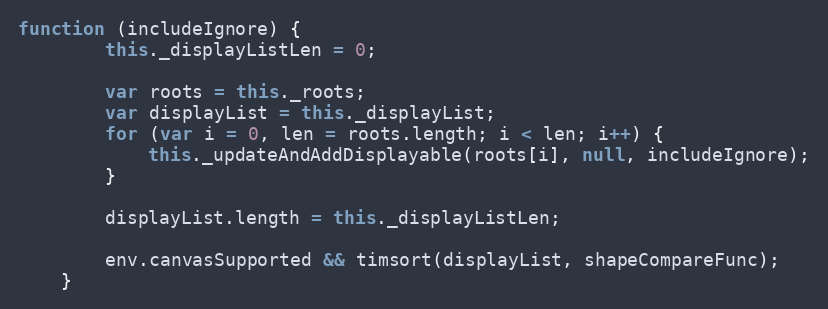
Language: JavaScript
function (includeIgnore) {
        this._displayListLen = 0;

        var roots = this._roots;
        var displayList = this._displayList;
        for (var i = 0, len = roots.length; i < len; i++) {
            this._updateAndAddDisplayable(roots[i], null, includeIgnore);
        }

        displayList.length = this._displayListLen;

        env.canvasSupported && timsort(displayList, shapeCompareFunc);
    }